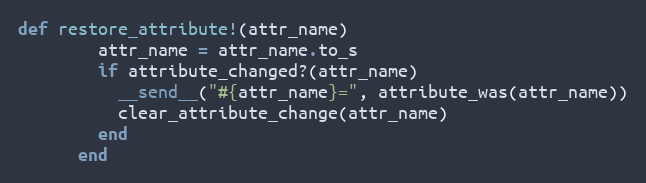
Language: Ruby
def restore_attribute!(attr_name)
        attr_name = attr_name.to_s
        if attribute_changed?(attr_name)
          __send__("#{attr_name}=", attribute_was(attr_name))
          clear_attribute_change(attr_name)
        end
      end